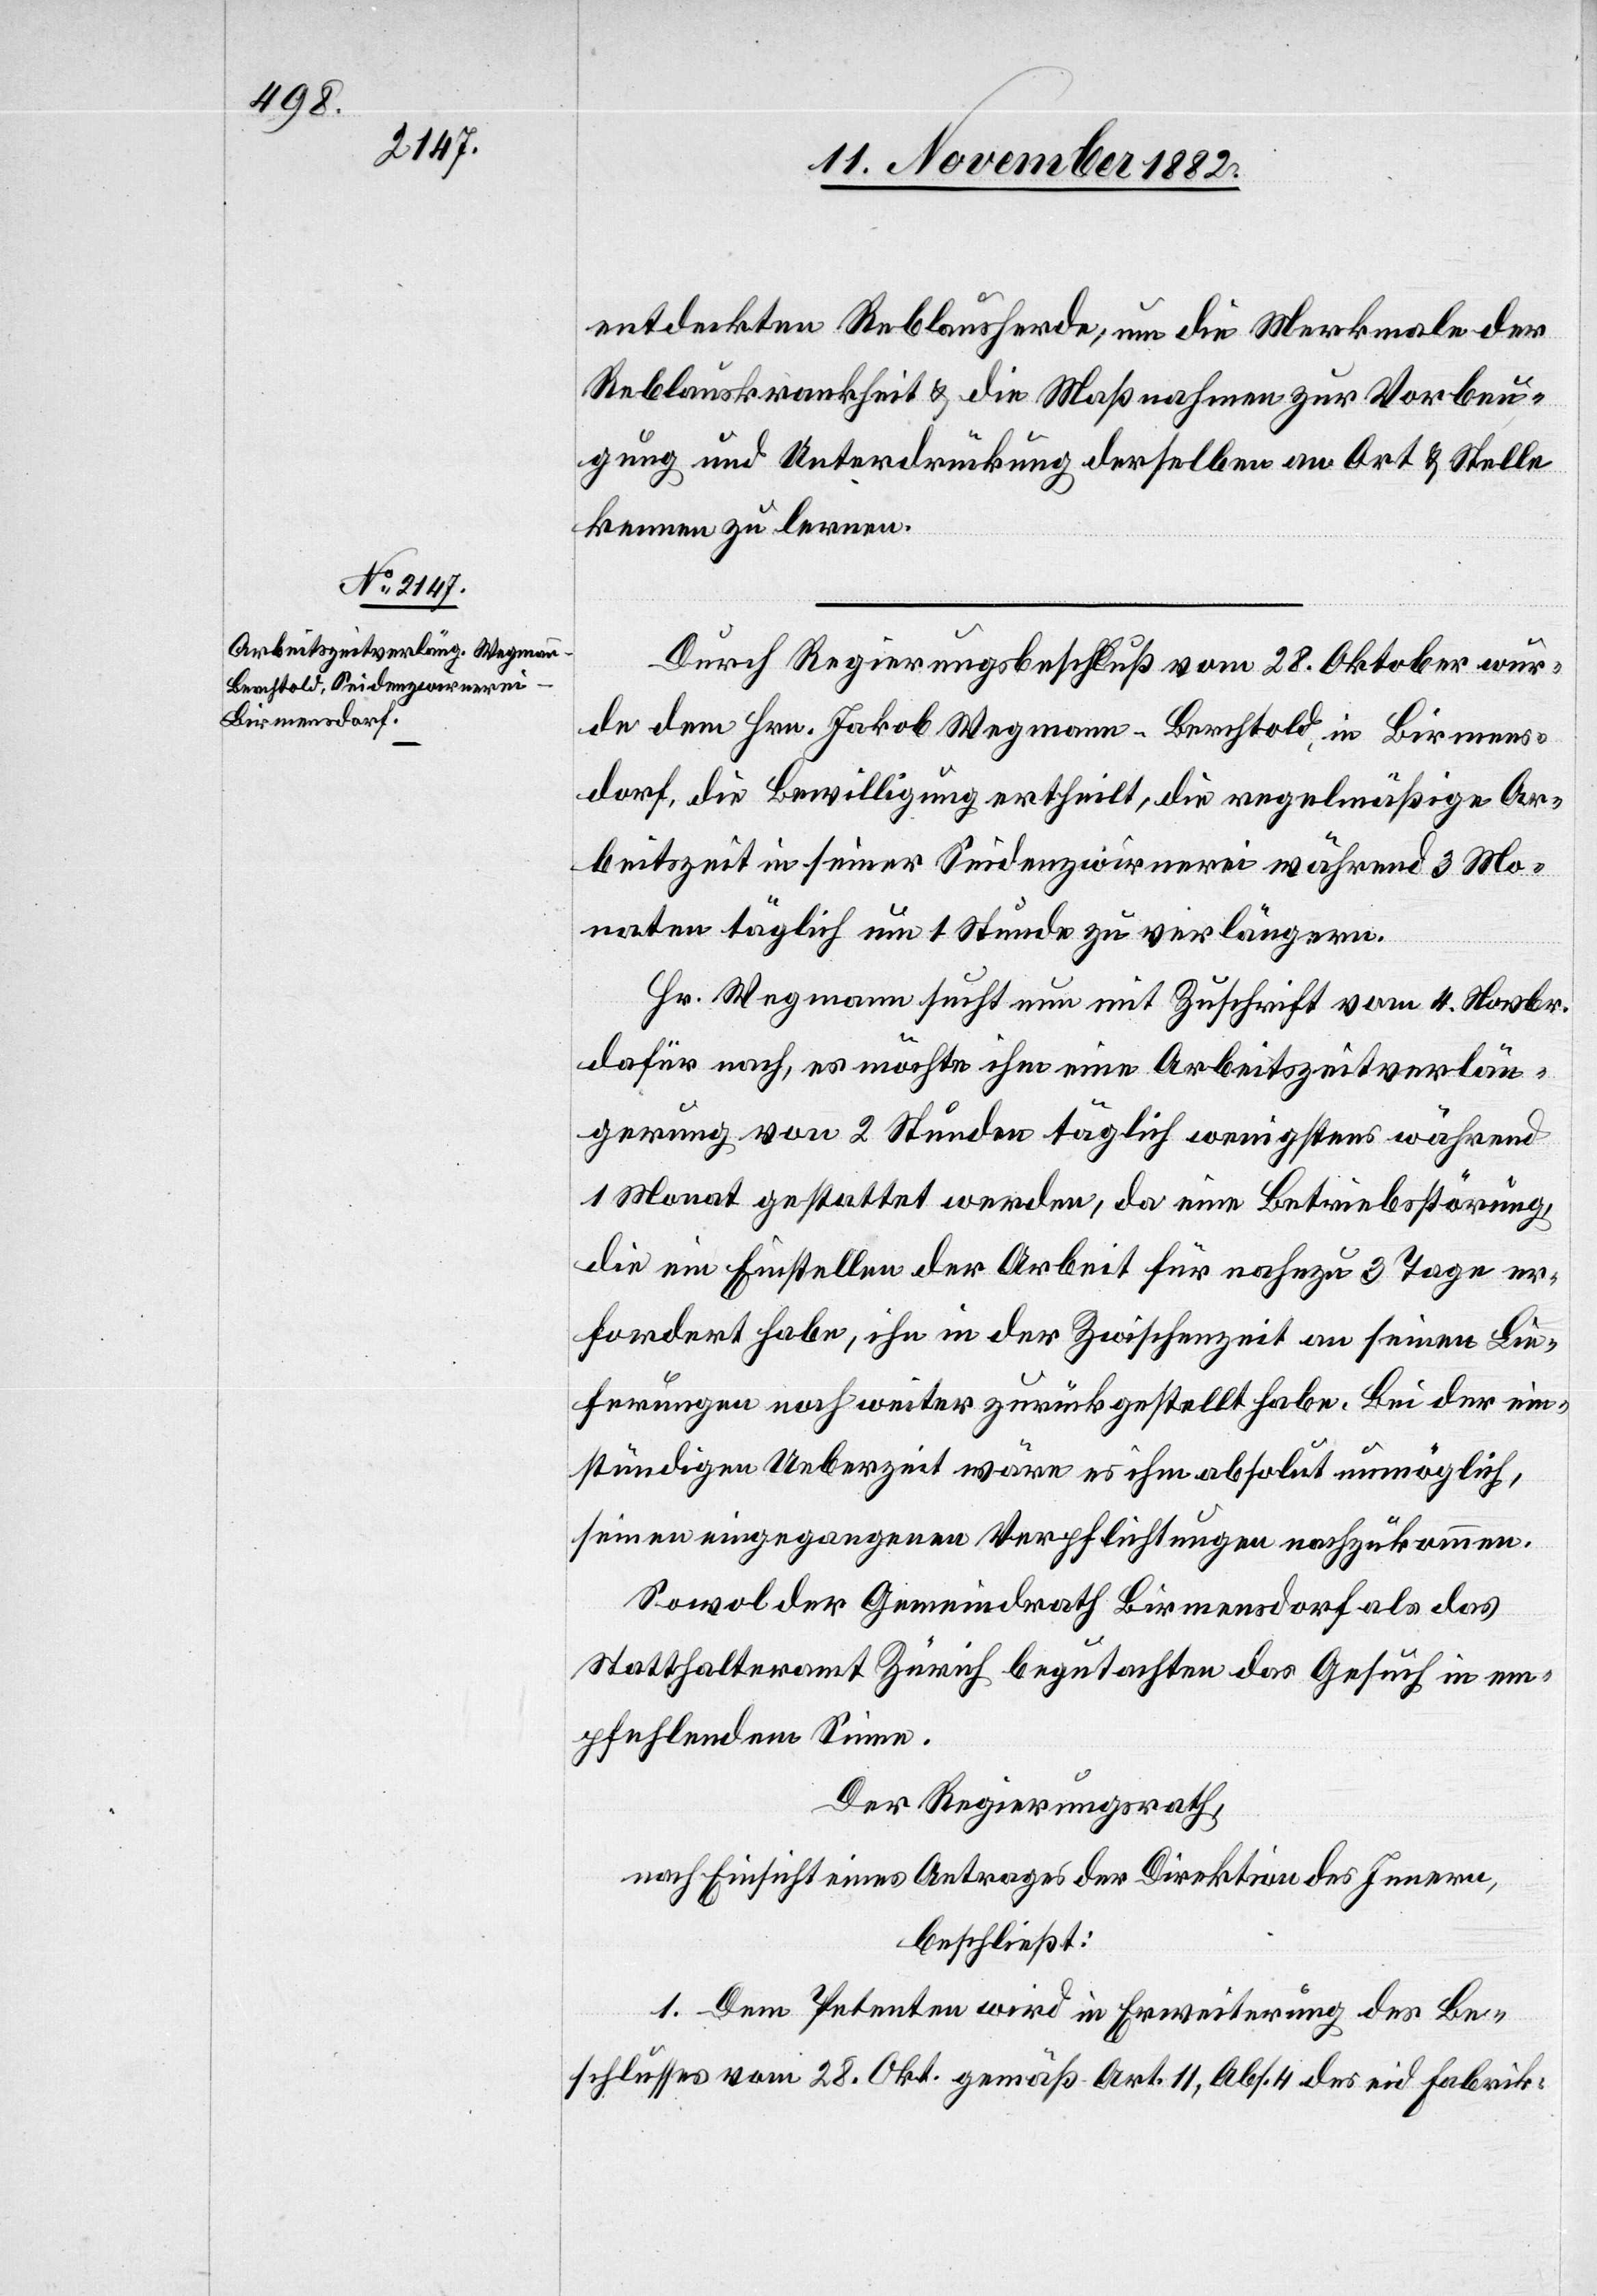
entdeckten Reblausherde, um die Merkmale der
Reblauskrankheit & die Maßnahmen zur Vorbeu¬
gung und Unterdrückung derselben an Ort & Stelle
kennen zu lernen.
Durch Regierungsbeschluß vom 28. Oktober wur¬
de dem Hrn. Jakob Wegmann-Berchtold, in Birmens¬
dorf, die Bewilligung ertheilt, die regelmäßige Ar¬
beitszeit in seiner Seidenzwirnerei während 3 Mo¬
naten täglich um 1 Stunde zu verlängern.
Hr. Wegmann sucht nun mit Zuschrift vom 4. Novbr.
dafür nach, es möchte ihm eine Arbeitszeitverlän¬
gerung von 2 Stunden täglich wenigstens während
1 Monat gestattet werden, da eine Betriebsstörung,
die ein Einstellen der Arbeit für nahezu 3 Tage er¬
fordert habe, ihn in der Zwischenzeit an seinen Lie¬
ferungen noch weiter zurückgestellt habe. Bei der ein¬
stündigen Ueberzeit wäre es im absolut unmöglich,
seinen eingegangenen Verpflichtungen nachzukommen.
Sowol der Gemeindrath Birmensdorf als das
Statthalteramt Zürich begutachten das Gesuch in em¬
pfehlendem Sinne.
Der Regierungsrath,
nach Einsicht eines Antrages der Direktion des Innern,
beschließt:
1. Dem Petenten wird in Erweiterung des Be¬
schlusses vom 28. Okt. gemäß Art. 11, Abs. 4 des eid. Fabrik-